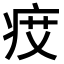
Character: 𤵽